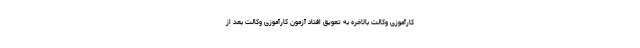
کارآموزی وکالت بالاخره به تعویق افتاد آزمون کارآموزی وکالت بعد از